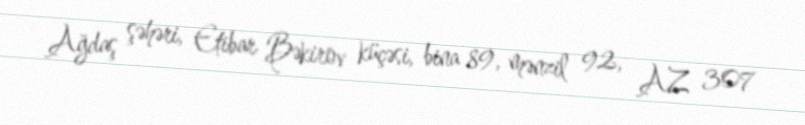
Ağdaş şəhəri, Etibar Bəkirov küçəsi, bina 89, mənzil 92, AZ 307